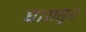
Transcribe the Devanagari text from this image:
घारातून